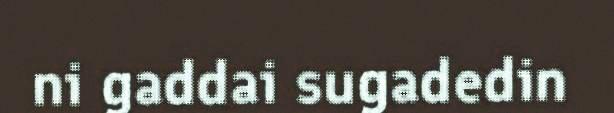
ni gaddai sugadedin